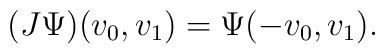
(J \Psi)(v_0, v_1) = \Psi (-v_0, v_1).